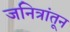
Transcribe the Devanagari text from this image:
जनित्रांतून